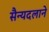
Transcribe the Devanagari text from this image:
सैन्यदलाने